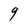
Character: 9